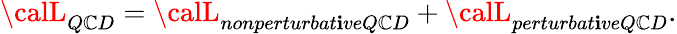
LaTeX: {\calL}_{Q\mathbb{C}D}={\calL}_{nonperturbat\mathbf{i}veQ\mathbb{C}D}+{\calL}_{perturbat\mathbf{i}veQ\mathbb{C}D}.